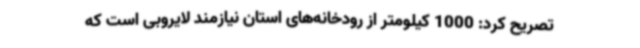
تصریح کرد: 1000 کیلومتر از رودخانه‌های استان نیازمند لایروبی است که